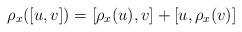
LaTeX: \begin{align*}\rho_x([u,v])=[\rho_x(u),v]+[u,\rho_x(v)]\end{align*}